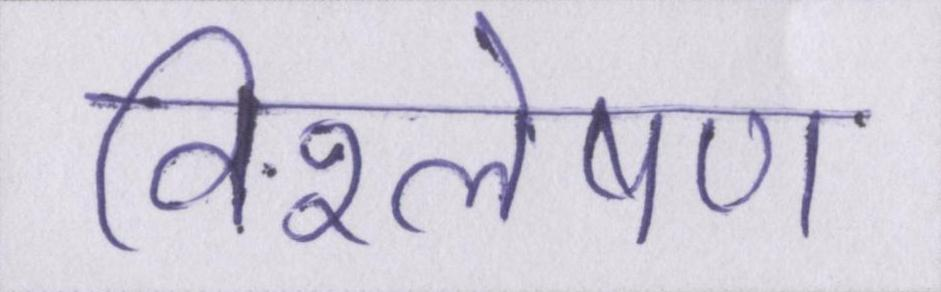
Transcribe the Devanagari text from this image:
विश्लेषण